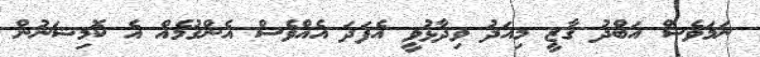
ނަމަވެސް އަބްދު ގާޒީ މިއަދު ވިދާޅުވީ އެފަދަ އެއްވެސް އެންގުމެއް އެ ކޮމިޝަނުން